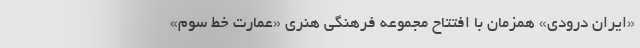
«ایران درّودی» همزمان با افتتاح مجموعه فرهنگی هنری «عمارت خط سوم»